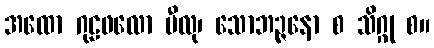
အထော ဂုဠဖလော ပီလု၊ သောဘဉ္ဇနော စ သိဂ္ဂု စ။